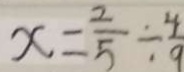
x = \frac { 2 } { 5 } \div \frac { 4 } { 9 }